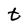
Character: t